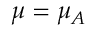
\mu = \mu _ { A }